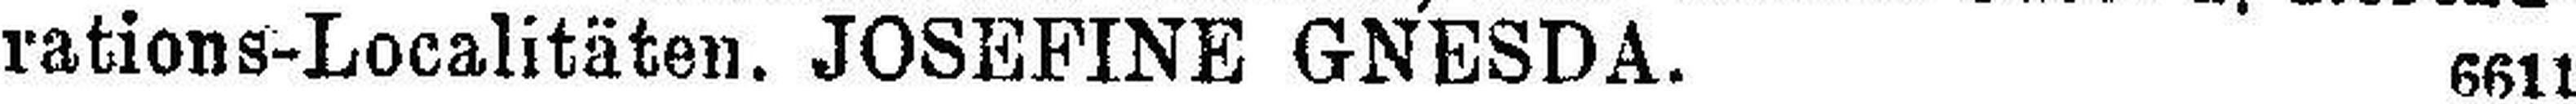
rations-Localitäten. JOSEFINE GNESDA. 6611